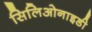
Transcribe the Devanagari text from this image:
सिलिओनाइडी